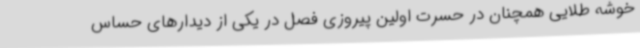
خوشه طلایی همچنان در حسرت اولین پیروزی فصل در یکی از دیدارهای حساس